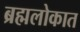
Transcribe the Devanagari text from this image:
ब्रह्मलोकात